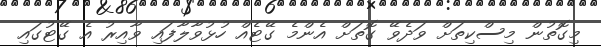
މިގޮތުން މިސްކިތަށް ވަދެވޭ ގޮތަށް އެންމެ ގޭޓެއް ހުޅުވާލާފައި ވާއިރު އެ ގޭޓުގައި